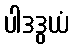
ပါဒဒွယံ